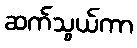
ဆက်သွယ်ကာ